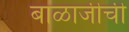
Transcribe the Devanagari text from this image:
बाळाजीची